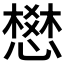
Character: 𢡟